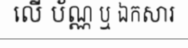
លើ ប័ណ្ណ ឬ ឯកសារ